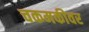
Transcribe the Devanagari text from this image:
चकमकीवर